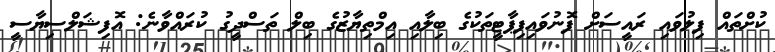
ކުށްތައް ފިލުވައި ރައީސަށް ފޮނުވައިފިޕާޓީތަކުގެ ބިލާއި އިމްތިޔާޒުގެ ބިލް ތަސްދީގު ކުރައްވާނެ: އޮފިޝަލްސިޔާސީ